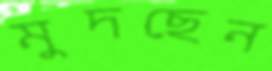
মুদছেন